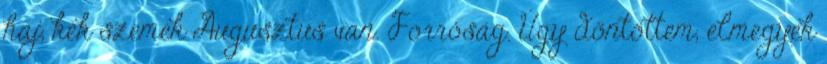
haj, kék szemek Augusztus van. Forróság. Úgy döntöttem, elmegyek